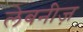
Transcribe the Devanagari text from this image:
लेबनीज़